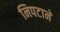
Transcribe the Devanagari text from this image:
निपटाने